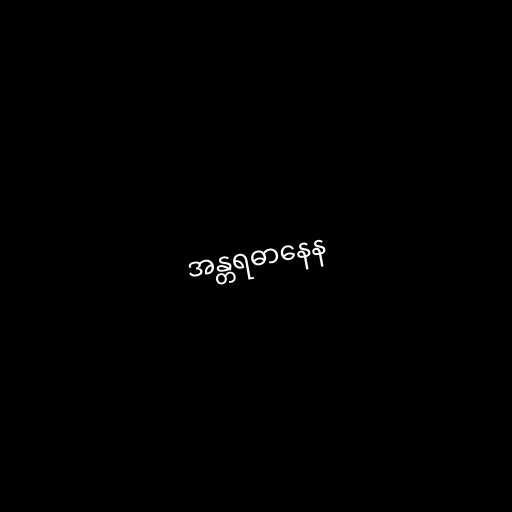
အန္တရဓာနေန